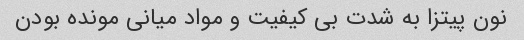
نون پیتزا به شدت بی کیفیت و مواد میانی مونده بودن